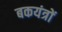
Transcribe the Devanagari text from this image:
बकयंत्रों